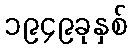
၁၉၄၉ခုနှစ်